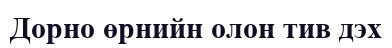
Дорно өрнийн олон тив дэх